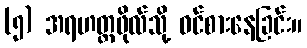
(၅) အရဟတ္တဖိုလ်သို့ ဝင်စားနေခြင်း။